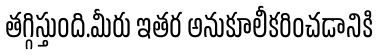
తగ్గిస్తుంది.మీరు ఇతర అనుకూలీకరించడానికి